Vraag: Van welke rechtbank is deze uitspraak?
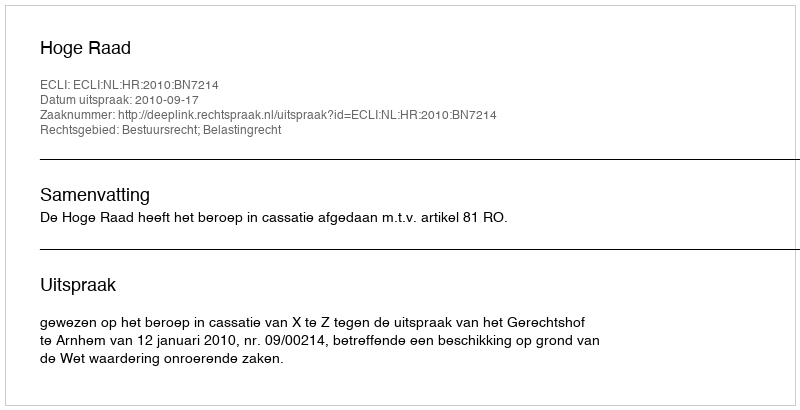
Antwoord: Hoge Raad